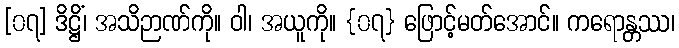
[၀၇] ဒိဋ္ဌိံ၊ အသိဉာဏ်ကို။ ဝါ၊ အယူကို။ {၀၇} ဖြောင့်မတ်အောင်။ ကရောန္တဿ၊